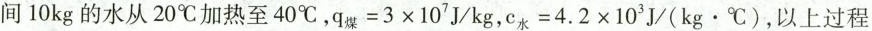
间10kg的水从20^{\circ}C加热至40^{\circ}C， $$q_{煤}=3 \times 10^{7}J/kg,c_{水}=4.2 \times 10^{3}J/(kg \cdot ^{\circ}C)$$ ，以上过程